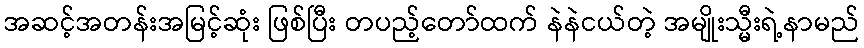
အဆင့်အတန်းအမြင့်ဆုံး ဖြစ်ပြီး တပည့်တော်ထက် နဲနဲငယ်တဲ့ အမျိုးသ္မီးရဲ့နာမည်